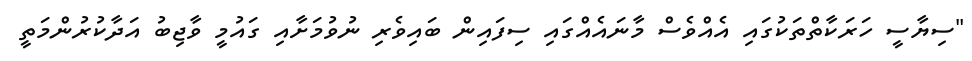
"ސިޔާސީ ހަރަކާތްތަކުގައި އެއްވެސް މާނައެއްގައި ސިފައިން ބައިވެރި ނުވުމަށާއި ގައުމީ ވާޖިބު އަދާކުރުންމަތީ